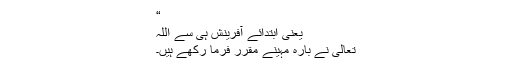
“
یعنی ابتدائے آفرینش ہی سے اللہ
تعالیٰ نے بارہ مہینے مقرر فرما رکھے ہیں۔